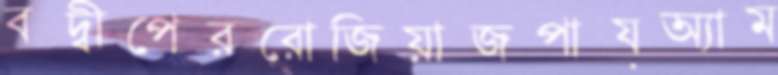
বদ্বীপেররোজিয়াজপায়অ্যাম